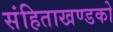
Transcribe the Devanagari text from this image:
संहिताखण्डको